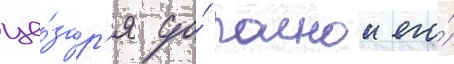
це́зар'я до́ полнои его́